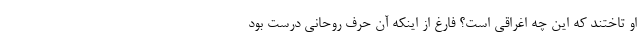
او تاختند که این چه اغراقی است؟ فارغ از اینکه آن حرف روحانی درست بود